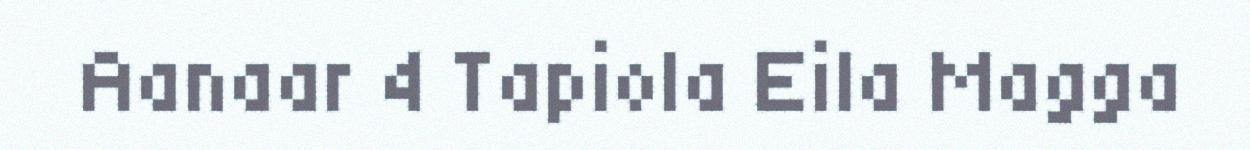
Aanaar 4 Tapiola Eila Magga